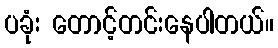
ပခုံး တောင့်တင်းနေပါတယ်။